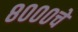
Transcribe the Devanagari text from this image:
८०००चे